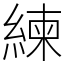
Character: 練